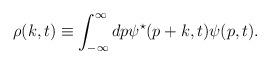
LaTeX: \begin{align*}{\rho}(k,t) \equiv \int_{-\infty}^{\infty} dp {\psi}^{\star}(p+k,t){\psi}(p,t).\end{align*}